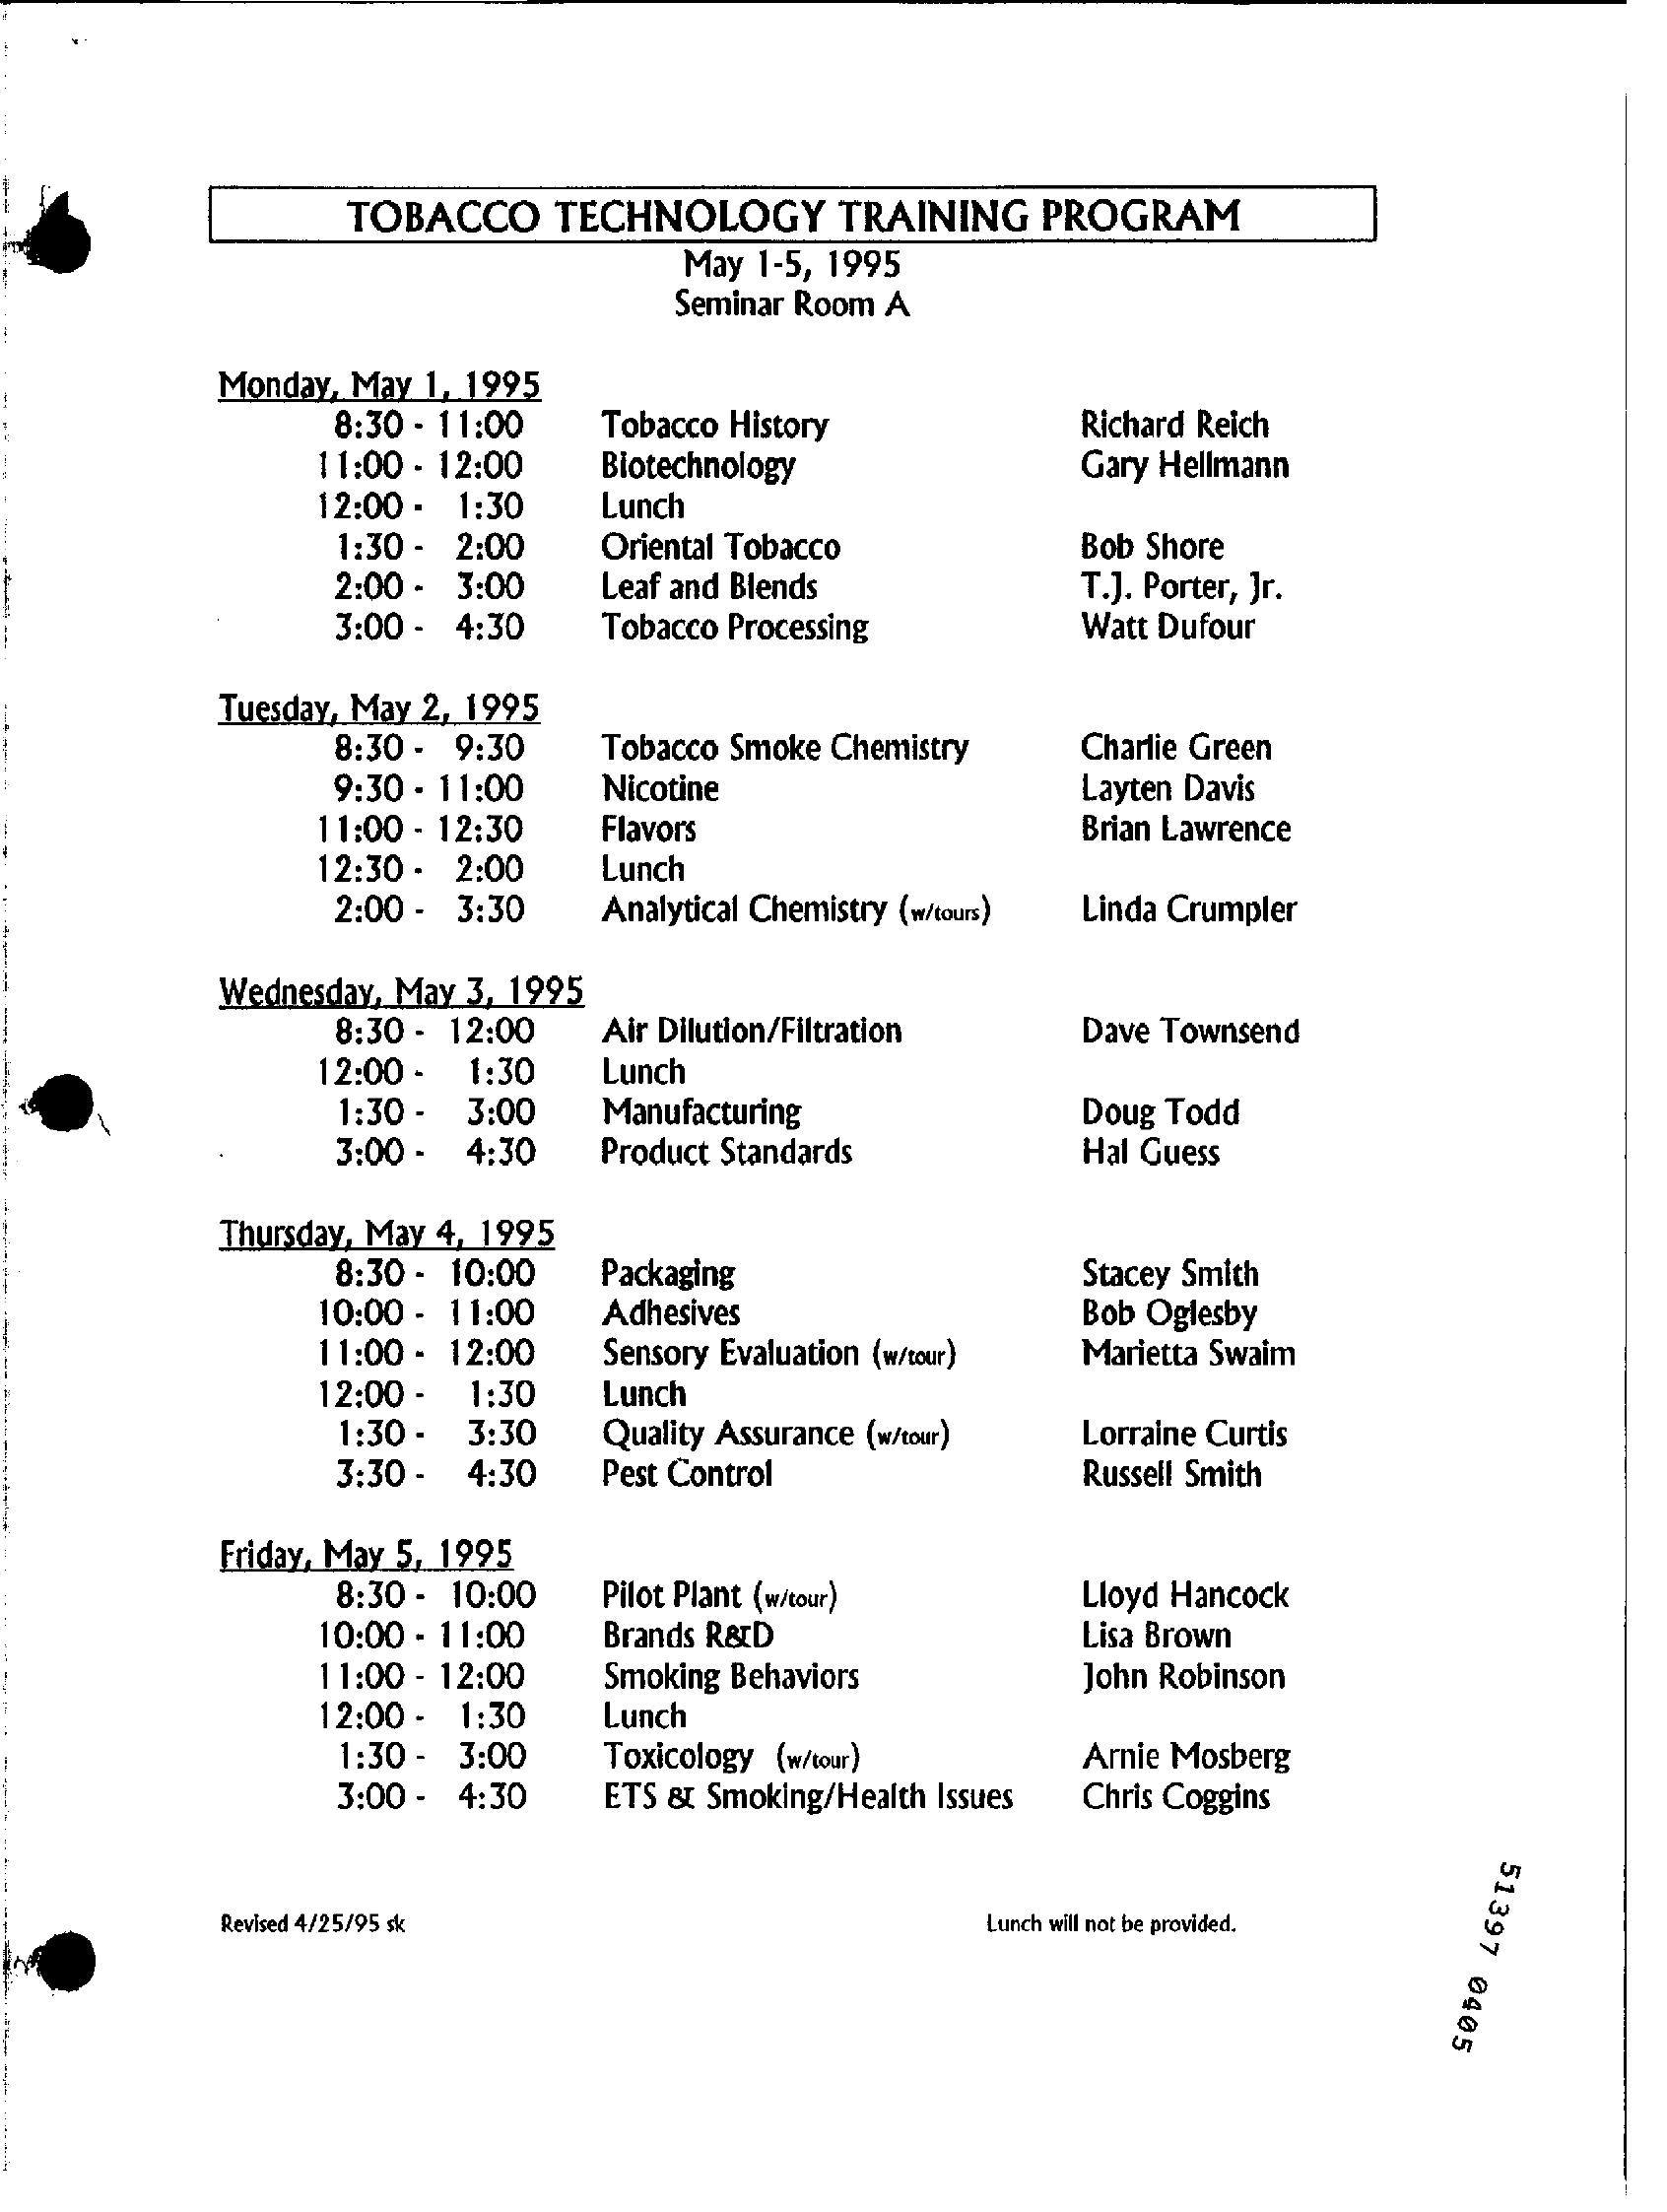
TOBACCO    TECHNOLOGY    TRAINING   PROGRAM
     May 1-5, 1995
     Seminar Room A
     Monday, May 1, 1995
     8:30 - 11:00 Tobacco History    Richard Reich
     11:00 - 12:00 Biotechnology    Gary Hellmann
     12:00 - 1:30  Lunch
     1:30 - 2:00  Oriental Tobacco    Bob Shore
     2:00 - 3:00  Leaf and Blends    T.J. Porter, Jr.
     3:00 - 4:30  Tobacco Processing    Watt Dufour
     Tuesday, May 2, 1995
     8:30 - 9:30  Tobacco Smoke Chemistry  Charlie Green
     9:30 - 11:00 Nicotine    Layten Davis
     11:00 - 12:30 Flavors    Brian Lawrence
     12:30 - 2:00  Lunch
     2:00 - 3:30  Analytical Chemistry (w/tours) Linda Crumpler
     Wednesday, May 3, 1995
     8:30 - 12:00 Air Dilution/Filtration  Dave Townsend
     12:00 - 1:30  Lunch
     1:30 - 3:00  Manufacturing
     3:00 - 4:30  Product Standards
     Doug Todd
     Hal Guess
     Thursday, May 4, 1995
     8:30 - 10:00 Packaging
     10:00 - 11:00
     Stacey Smith
     Adhesives    Bob Oglesby
     11:00 - 12:00 Sensory Evaluation (w/tour) Marietta Swaim
     12:00 - 1:30  Lunch
     1:30 - 3:30  Quality Assurance (w/tour) Lorraine Curtis
     3:30 - 4:30  Pest Control    Russell Smith
     Friday, May 5, 1995
     8:30 - 10:00 Pilot Plant (w/tour)    Lloyd Hancock
     10:00 - 11:00 Brands R&D    Lisa Brown
     11:00 - 12:00 Smoking Behaviors    John Robinson
     12:00 - 1:30  Lunch
     1:30 - 3:00   Toxicology (w/tour)    Arnie Mosberg
     3:00 - 4:30  ETS & Smoking/Health Issues Chris Coggins
     51397
     0405
     Revised 4/25/95 sk    Lunch will not be provided.